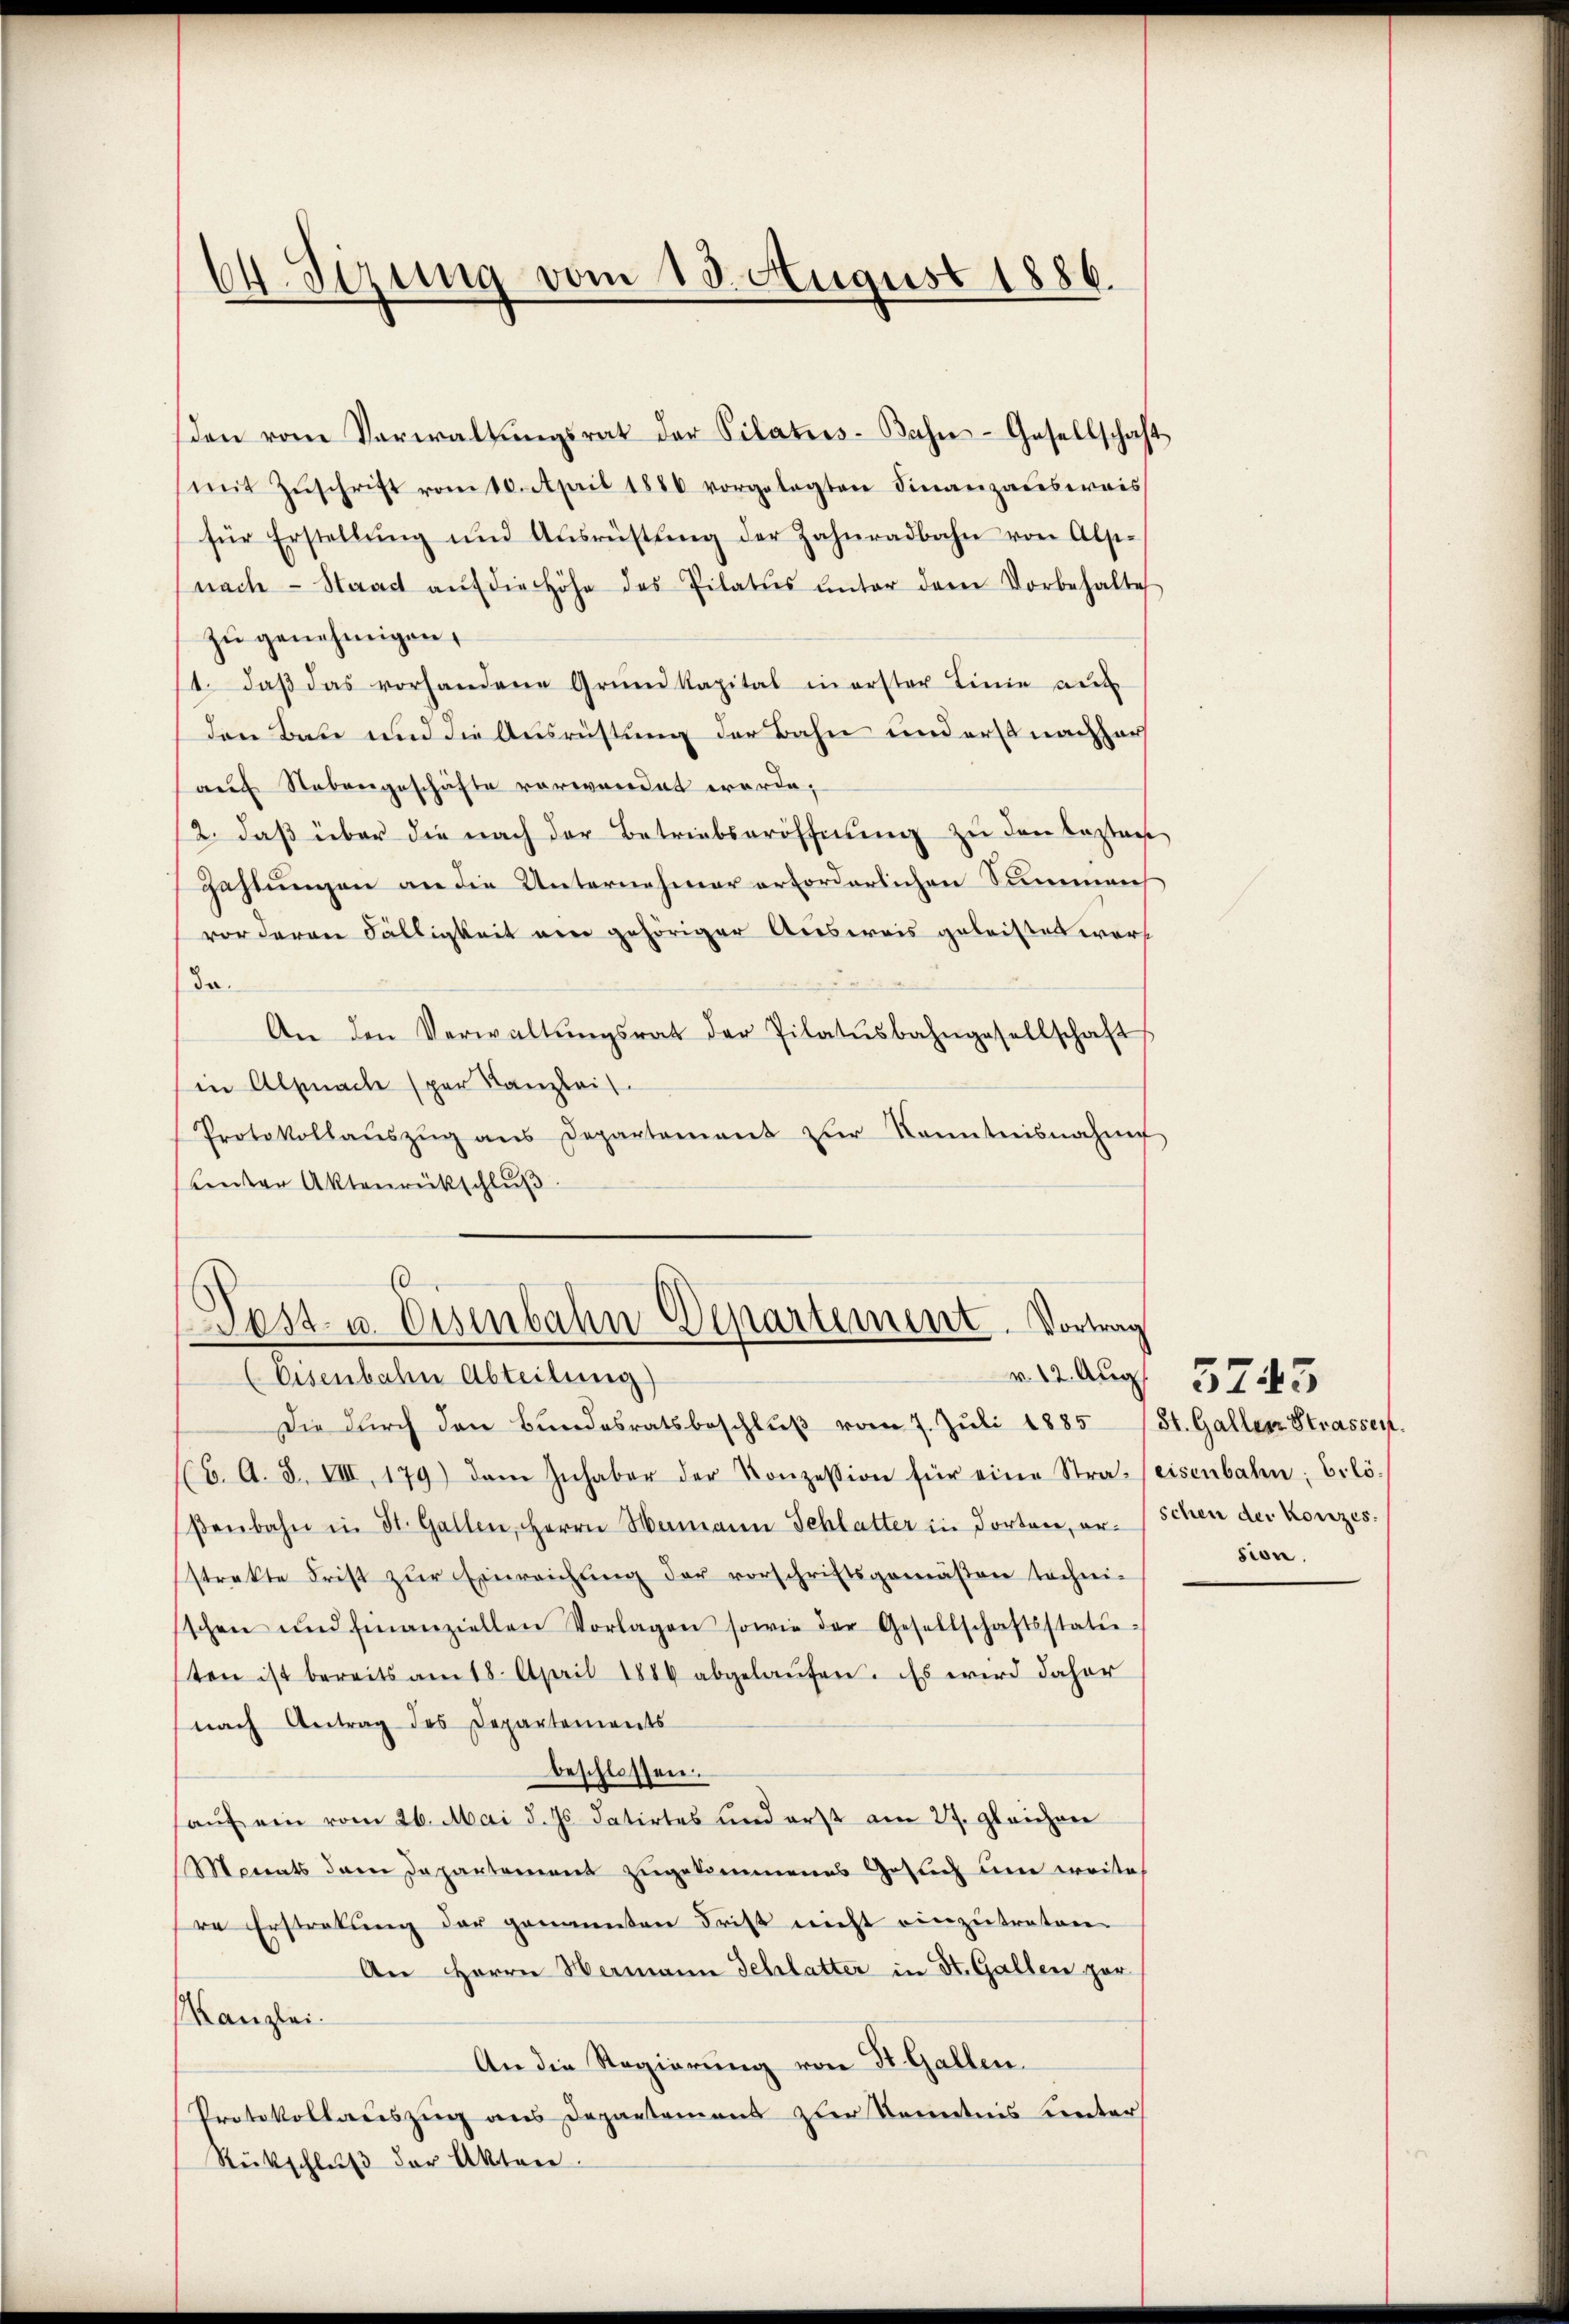
64. Sizung vom 15. August 1886.

sden vom Verwaltŭngsrat der Vilaters-Bahn-Gesellschaft
mit Zŭschrift vom 10. April 1880 vorgelegten Finanzausweis
für Erstellŭng und Ausrüstŭng der Zahnradbahn von Alsi-
nach Staact aŭf die Höhe des Pilatus unter dem Vorbehalte
zu genehmigen.
1. daβ das vorhandene Grundkapital in erster Linie auf
den Bau und die Ausrüstung der Bahn und erst nachher
auf Nebengeschäfte vorwandet werde;
2. daß über die nach der Betriebseröffnung zu den bestan
Zahlungen an die Unternehmer erforderlichen Summen
vor deren Fälligkeit ein gehöriger Ausweis geleistet wert
da.
An den Verwaltŭngsrat der Pilatŭsbahngesellschaft
in Alpnach spar Kanzlei
Protokollaŭszŭg ans Departement zur Kenntnisnahme
unter Aktenrückschluß

s
Post- u. Eisenbahn-Departement. Vortrag
(Eisenbahn Abteilung)

Die dŭrch den Bŭndesratsbeschlŭβ vom 7. Jŭli 1885 (St. Galler Strassen.
(6. A. S. VIII, 179) dem Inhaber der Konzession für eine Stra-eisenbahn, Erlö-
βenbahn in St. Gallen, Herrn Mamann Schlatter in dorten, erschen der Konzes
strakte Frist zŭr Einreichŭng der vorschriftsgemässen techni-
sschen und finanziellen Vorlagen sowie der Gesellschaftsstatu-
sten ist bereits am 18. April 1884 abgelaŭfen. Es wird daher
nach Antrag des Departements
beschlossen:
auf ein vom 26. Mai d. Js. datirtes und erst am 27. gleichner
Monats dem Departement zugekommenes Gesuch um weite
re Erstratŭng der genannten Frist nicht einzŭtreten.
An Herrn Hermann Schlatter in St. Gallen zur
Kanzlei.
An die Regierung von St. Gallen.
Protokollauszug aus Departemens zur Kenntnis unter
Rückschlŭβ der Akten.

v. 12. Aug. 5743
sion.